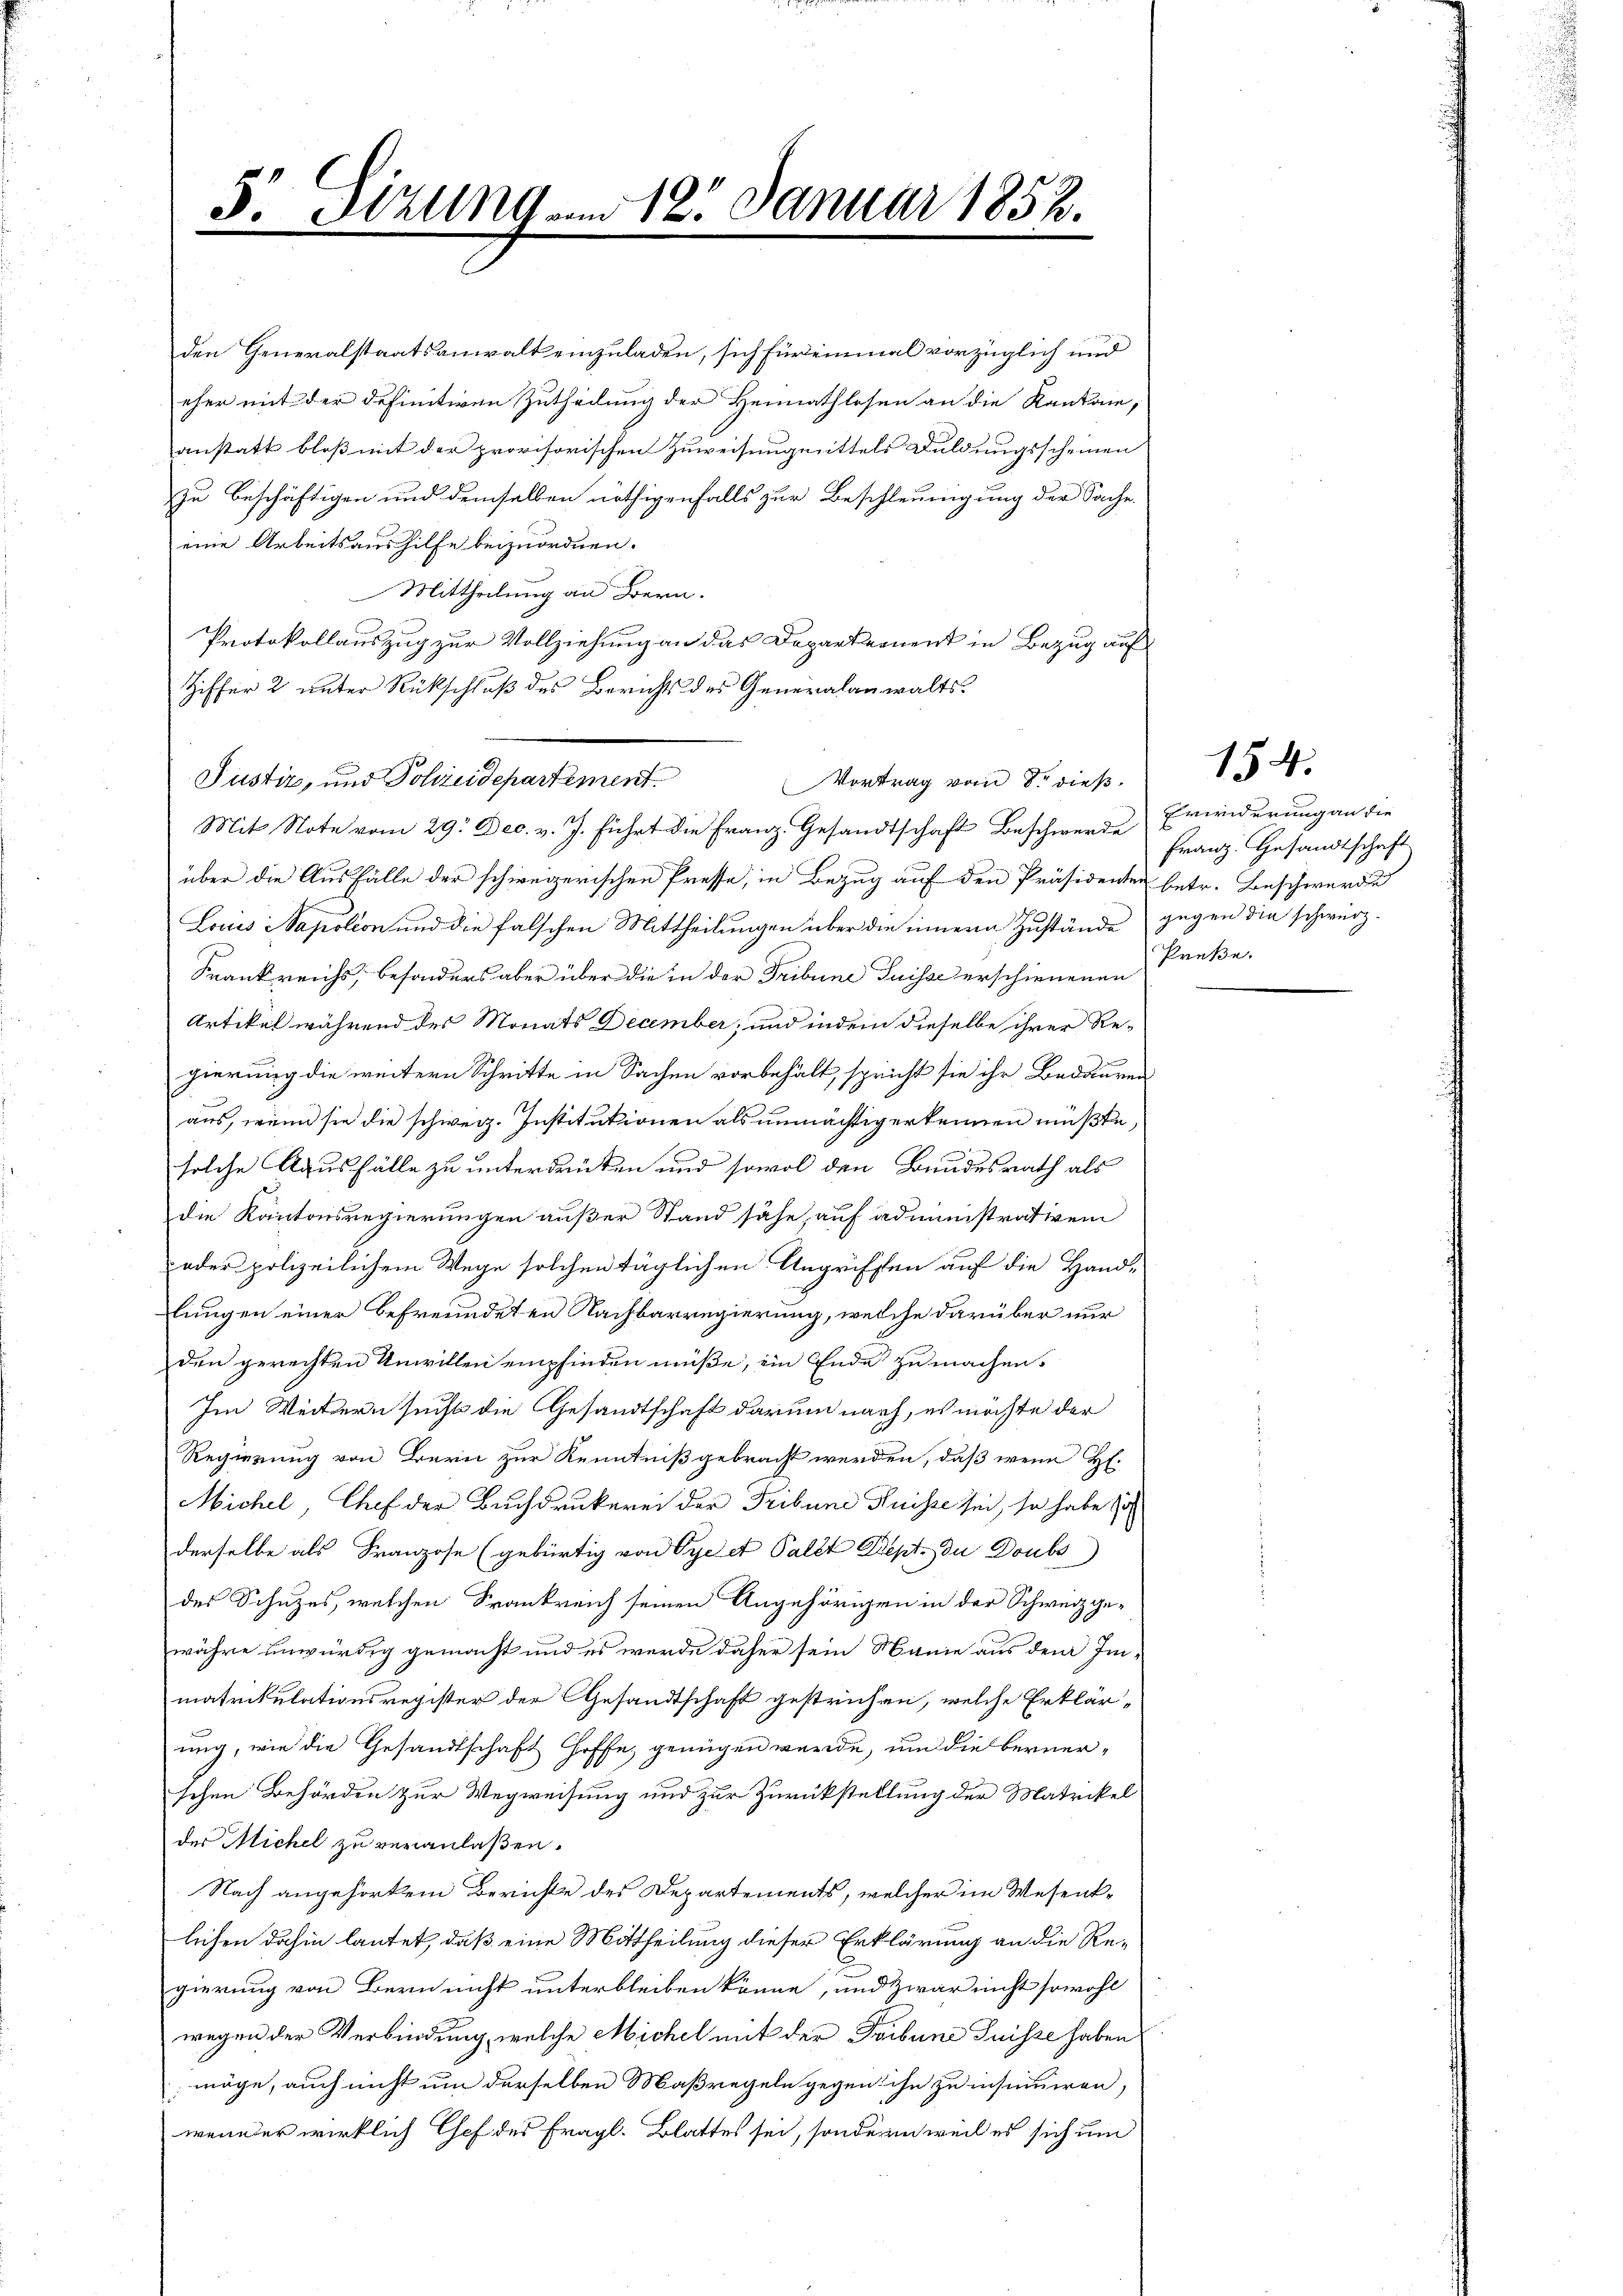
5.
 Sitzung am 18. Januar 1852.

den Generalstaatsanwalt einzuladen, sich für einmal vorzüglich und
eher mit der definitiven Zutheilung der Heimathlosen an die Kantone,
anstatt bloß mit der provisorischen Zuweisung mittels Duldungsscheinen
zu beschäftigen und demselben nöthigenfalls zur Beschleunigung der Sache.
eine Arbeitsaushilfe beizuordnen.
Mittheilung an Bern.
Protokollauszug zur Vollziehung an das Departement in Bezug auf
Ziffer 2 unter Rückschluß des Berichts des Generalanwalts¬
Mit Note vom 29. Dec. v. J. führt die Franz. Gesandtschaft Beschwerde Erwiderung an die
über die Ausfälle der schweizerischen Presse, in Bezug auf den Präsidenten betr. Beschwerde
Loris Sapolion und die falschen Mittheilungen über die innern Zustände gegen die schwerz-
Krankreichs, besonders aber über die in der Tribune Suisse erschienenen Preße.
Artikel während des Monats December, und indem dieselbe ihrer Re-
gierung die weitern Schritte in Sachen vorbehält, spricht sie ihr Bedauren
aus, wenn sie die schweiz. Institutionen als unmächtig erkennen müßte,
solche Ausfälle zu unterdrüken und sowol den Bundesrath als
die Kantonsregierungen außer Stand sähe, auf administrativem
oder polizeilichem Wege solchen täglichen Angriffen auf die Hand-
lungen einer befreundeten Nachbarregierung, welche darüber nur
den gerechten Unwillen empfinden müße, ein Ende zu machen.
Im Weitern sucht die Gesandtschaft darum nach, es möchte der
Regierung von Bern zur Kenntniß gebracht werden, daß wenn Hl.
Michel, Chef der Buchdrukerei der Tribuna Puisse sei, so habe so
derselbe als Franzose (gebürtig von Oye et Pallt Sept. du Doubs
des Schutzes, welchen Frankreich seinen Angehörigen in der Schweiz ge-
währe unwürdig gemacht und es werde daher sein Manie aus dem Im-
matrikulationsregister der Gesandtschaft gestrichen, welche Erklär-
ung, wie die Gesandtschaft hoffe, genügen werde, um die bernerschen Behörden zur Wegweisung und zur Zurückstellung der Matrikel
der Michel zu veranlaßen.
Nach angehörtem Berichte des Departements, welcher im Wesentlichen dahin lautet, daß eine Mittheilung dieser Erklärung an die Re-
gierung von Bern nicht unterbleiben könne, und zwar nicht sowohl
wegen der Verbindung, welche Michel mit der Tribuna Puisse haben
möge, auch nicht um derselben Maßregeln gegen ihn zu insinuiren,
wender wirklich Chef des fragl. Blattes sei, sondern weil es sich um

Justiz, und Polizeidepartement. Vortrag vom 8. dieβ.

Franz. Gesandtschaft